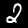
Digit: 2